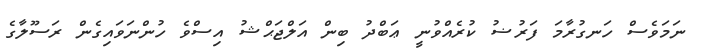
ނަމަވެސް ހަނގުރާމަ ފަރުޟު ކުރެއްވުނީ ޢަބްދު ބިން އަލްޖަޙްޝު އިސްވެ ހުންނަވައިގެން ރަސޫލާގެ